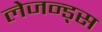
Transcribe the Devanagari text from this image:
लेजन्ड्स